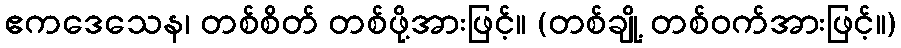
ဧကဒေသေန၊ တစ်စိတ် တစ်ဖို့အားဖြင့်။ (တစ်ချို့ တစ်ဝက်အားဖြင့်။)